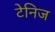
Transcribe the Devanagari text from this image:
टेनिज